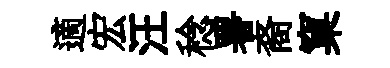
適宏汪稔署裔窠